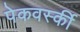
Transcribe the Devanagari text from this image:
पेकवर्स्की